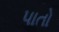
પાતો